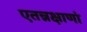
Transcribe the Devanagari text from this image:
एतन्नक्षाणां